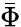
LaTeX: \bar{\Phi}